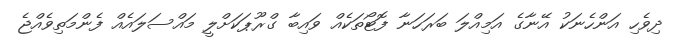
ދިވެހި އަންހެނަކު އޭނާގެ އަމިއްލަ ބަރަހަނާ ފޮޓޯތަކެއް ވައިބާ ގްރޫޕަކަށްލީ މައްސަލައެއް ފެންމަތިވެއްޖެ